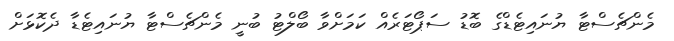
މެންޗެސްޓާ ޔުނައިޓެޑްގެ ބޮޑު ސަޕޯޓަރެއް ކަމަށްވާ ބޯލްޓު ބުނީ މެންޗެސްޓާ ޔުނައިޓެޑާ ދެކޮޅަށް